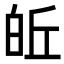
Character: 𪽽